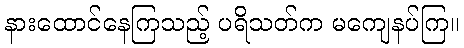
နားထောင်နေကြသည့် ပရိသတ်က မကျေနပ်ကြ။